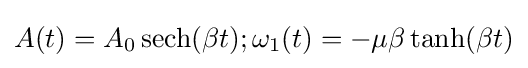
A(t)=A_{0}\operatorname {sech} (\beta t);\omega _{1}(t)=-\mu \beta \operatorname {tanh} (\beta t)